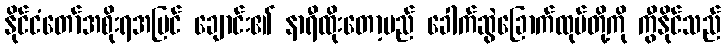
နိုင်ငံတော်အစိုးရအပြင် ချောင်း၏ နာရီထိုးတော့မည် ခေါက်ဆွဲခြောက်ထုပ်တို့ကို ကွီနိုင်သည်